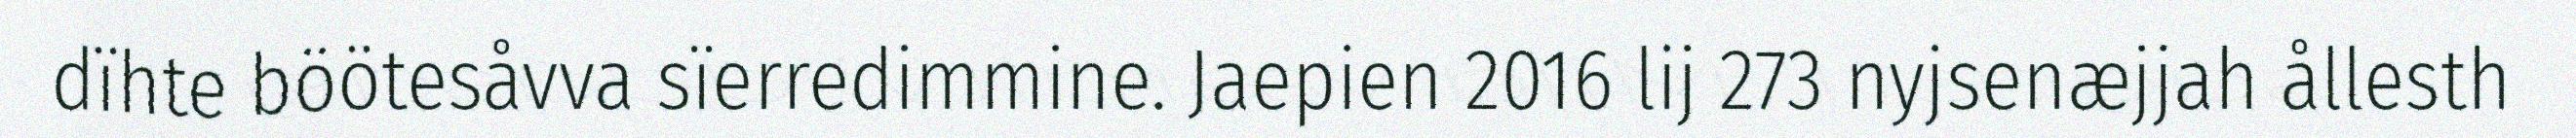
dïhte böötesåvva sïerredimmine. Jaepien 2016 lij 273 nyjsenæjjah ållesth